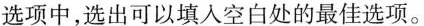
选项中,选出可以填入空白处的最佳选项.